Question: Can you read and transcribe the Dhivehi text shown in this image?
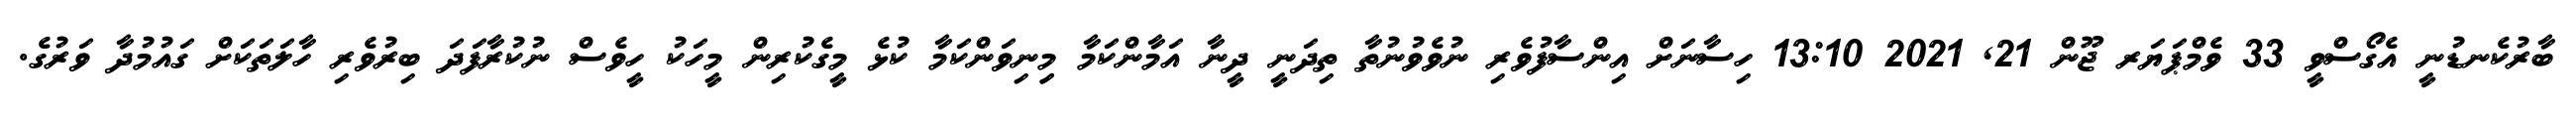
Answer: ބާރުކެނޑުނީ އެގޯސްވީ 33 ވެމްޕަޔަރ ޖޫން 21, 2021 13:10 ހިސާނަށް އިންސާފުވެރި ނުވެވުނުތާ ތިދަނީ ދީނާ އަމާންކަމާ މިިނިވަންކަމާ ކުޅެ މީގެކުރިން މީހަކު ހީވެސް ނުކުރާފަދަ ބިރުވެރި ހާލަތަކަށް ގައުމުދާ ވަރުގެ.